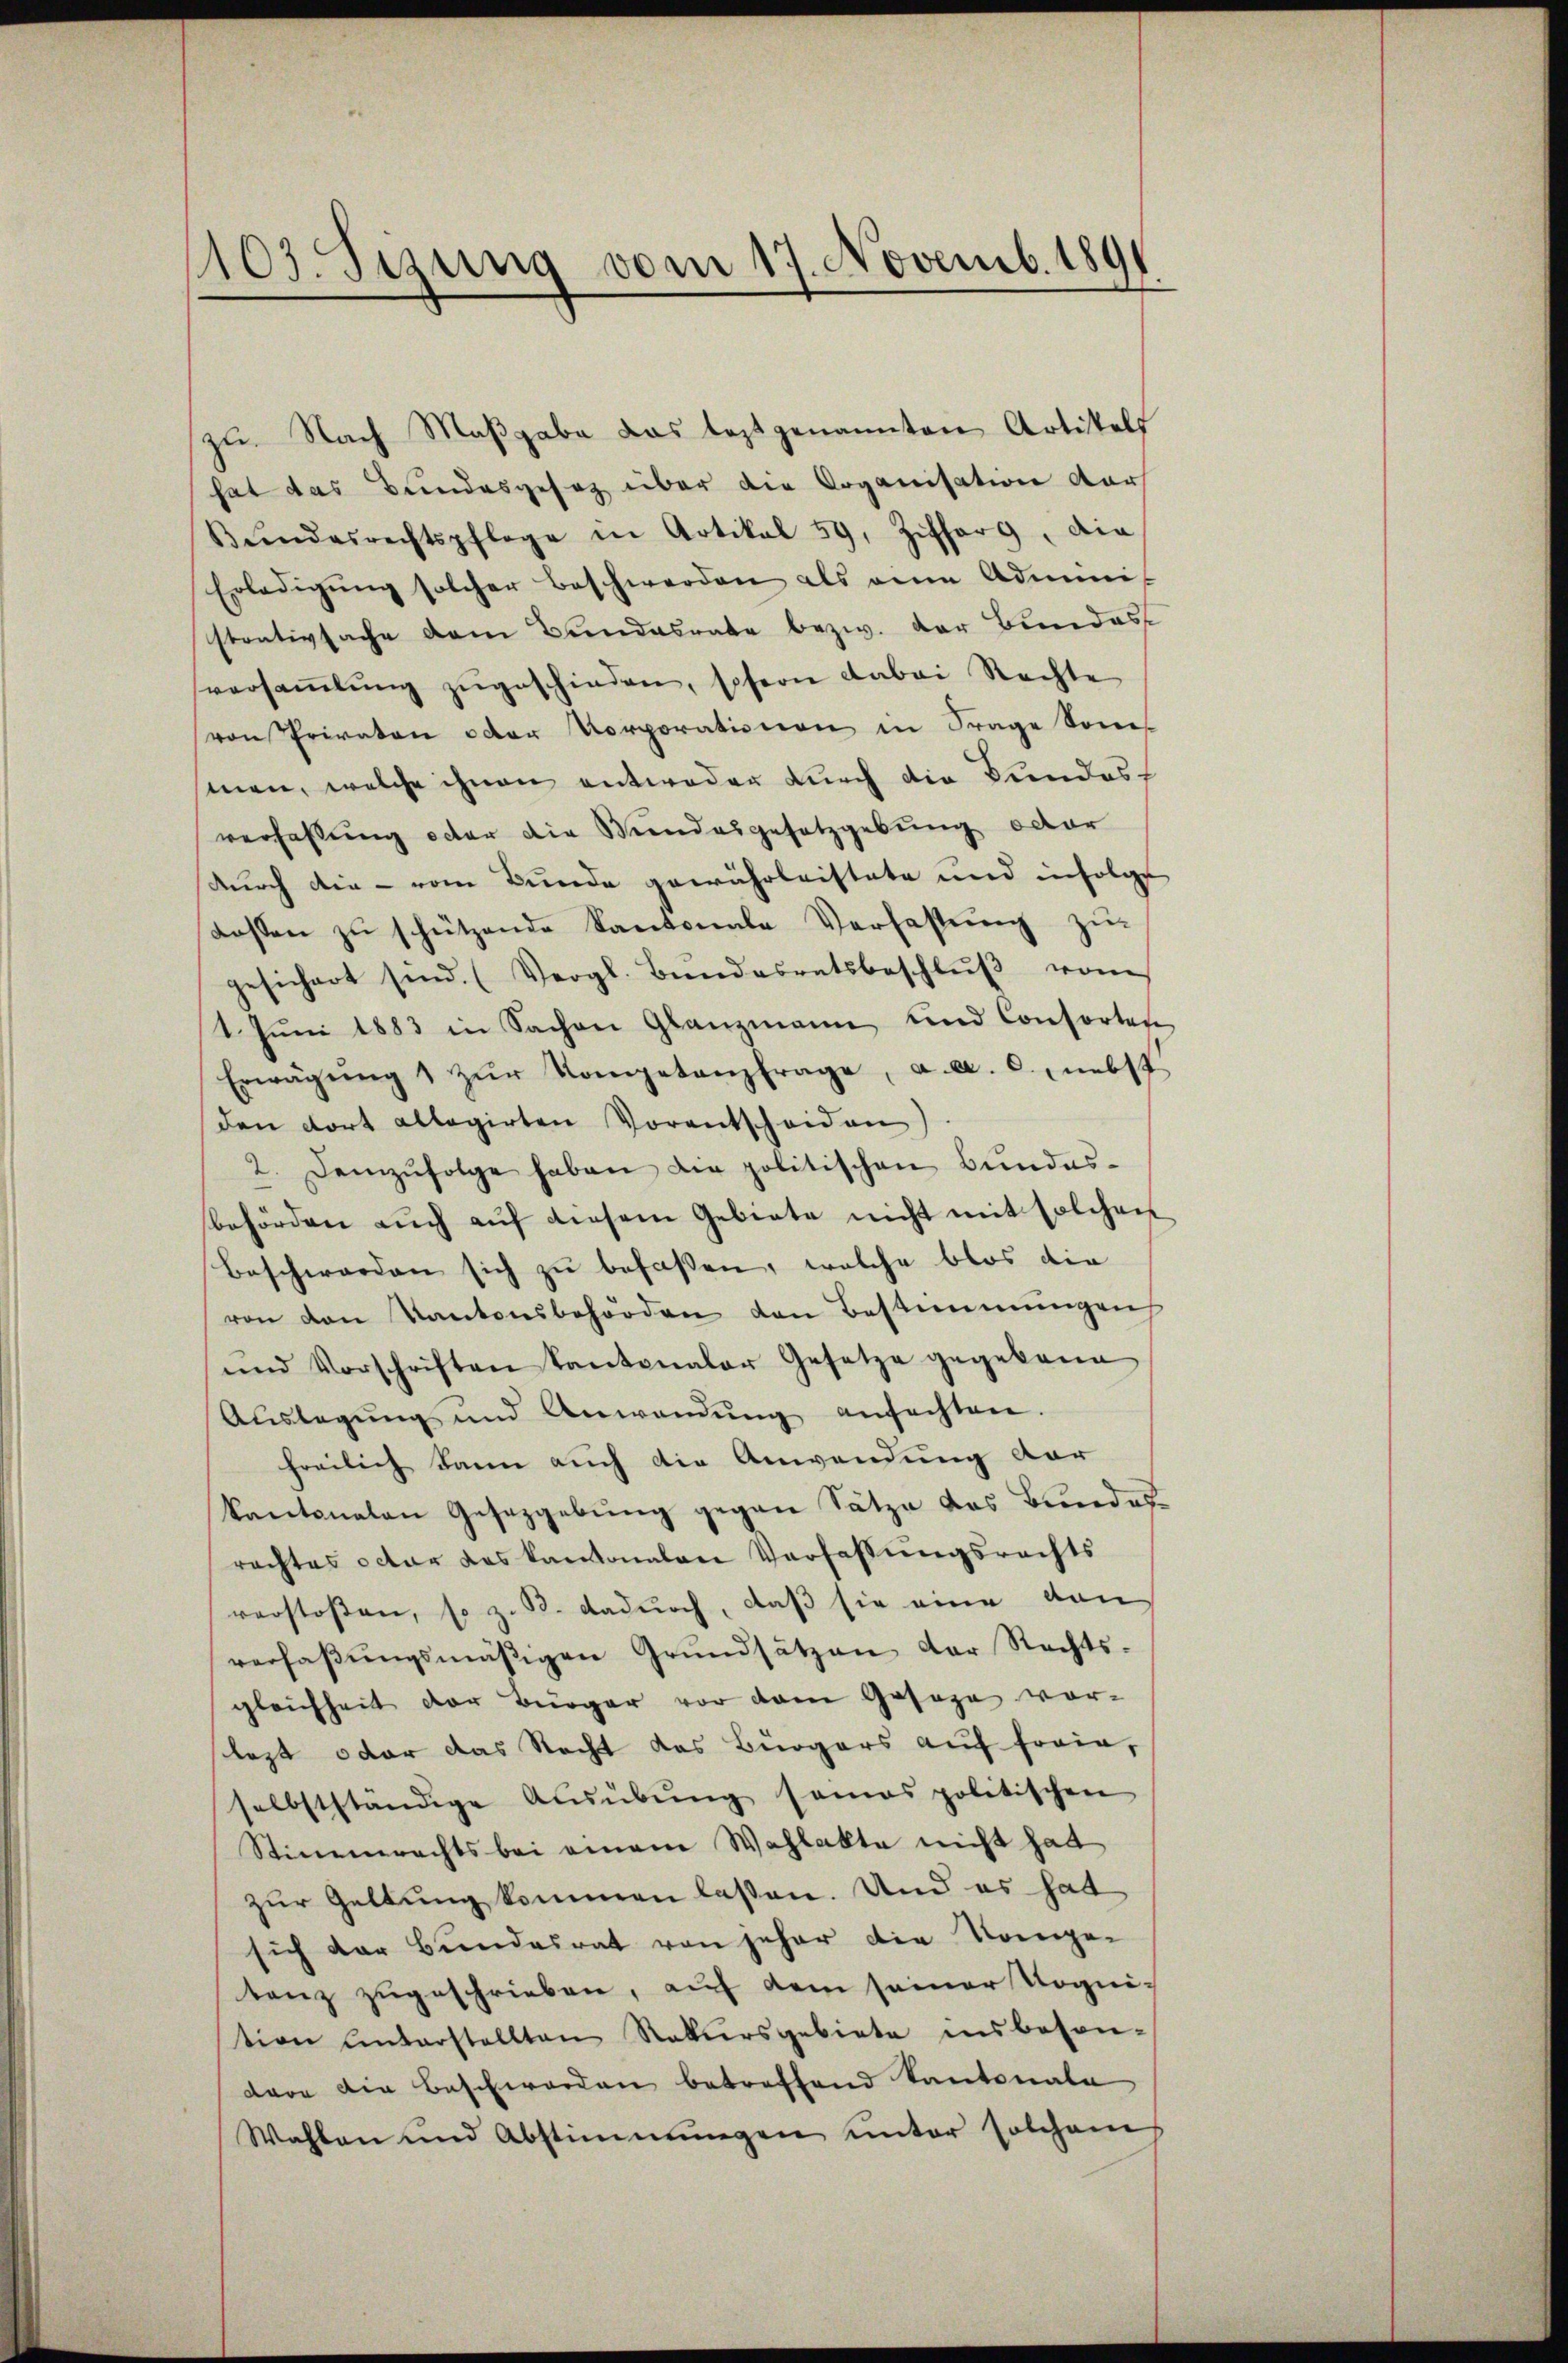
1103. Sitzung vom 17. Novemb. 1891

zu. Nach Maßgabe das leztgenannten Artikels
hat das Bundesgesez über die Organisation dar
Sŭndesrechtspflege in Artikal 59, Zifferg, die
Erledigung solcher beschwerden als eine Adminis
strativsache dem Bundesrate bezw. der Bundes
versaṁlŭng zŭgeschieden, sofern dabei Rechte
von Privaten oder Korporationen in Frage Sonnes
men, welche ihnen entweder durch die Bundes-
verfassung octor die Wundesgesetzgebung oder
durch die - vom Bunde gewährleistete und infolge
aassen zŭ schützende Kantonale Verfassŭng zur
gesichert sind. (Vergl. Bundesratsbeschlŭβ vom
1. Jŭni 1883 in Sachen Glanzmann und Consorten
Erwägŭng 1 zŭr Kompetenzfrage, a. a. c., nebst
den dort allegirten Vorentscheiden
2. Demzŭfolge haben die politischen Bŭndes-
behörden aŭch aŭf diesem Gebiete nicht mit solchen
beschworden sich zu befassen, welche blos die
von den Kantonsbehörden den Bestimmungen
und Vorschriften Kantonaler Gesetze gegebene
Auslegung und Anwendŭng ansachten.
freilich kann auch die Anwendung der
kantonalen Gesetzgebung gegen Sätze das Bundesrachtes octor das kantonalen Verfassŭngsrechts
verstoßen, so z. B. dadurch, daß sie eine von
verhaβŭngsmäßigen Grŭndsätzen der Rechts-
gleichheit der Bürger vor dem Gesage vor-
lezt oder das Recht das Bürgers auf freie,
selbstständige Aŭsübŭng sames politischen
Stimmrechts bei einem Wahlakte nicht hat
zur Geltung kommen laßen. Und es hat
sich der Bundesrat von jeher die Kompe-
tanz zŭgeschrieben, auf dem seiner Vognition entarstellten Rekursgebiete insbeson-
dare die Beschwerden betreffend Kantonale
Wahlen und Abstimmungen unter solchemis